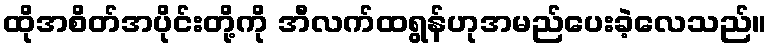
ထိုအစိတ်အပိုင်းတို့ကို အီလက်ထရွန်ဟုအမည်ပေးခဲ့လေသည်။